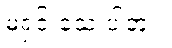
မရှင်းသေးပါဘူး။